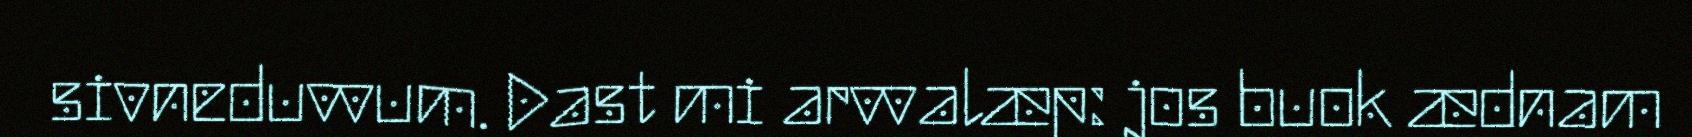
sivneduvvum. Dast mi arvvalæp: jos buok ædnam